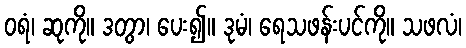
ဝရံ၊ ဆုကို။ ဒတွာ၊ ပေး၍။ ဒုမံ၊ ရေသဖန်းပင်ကို။ သဖလံ၊